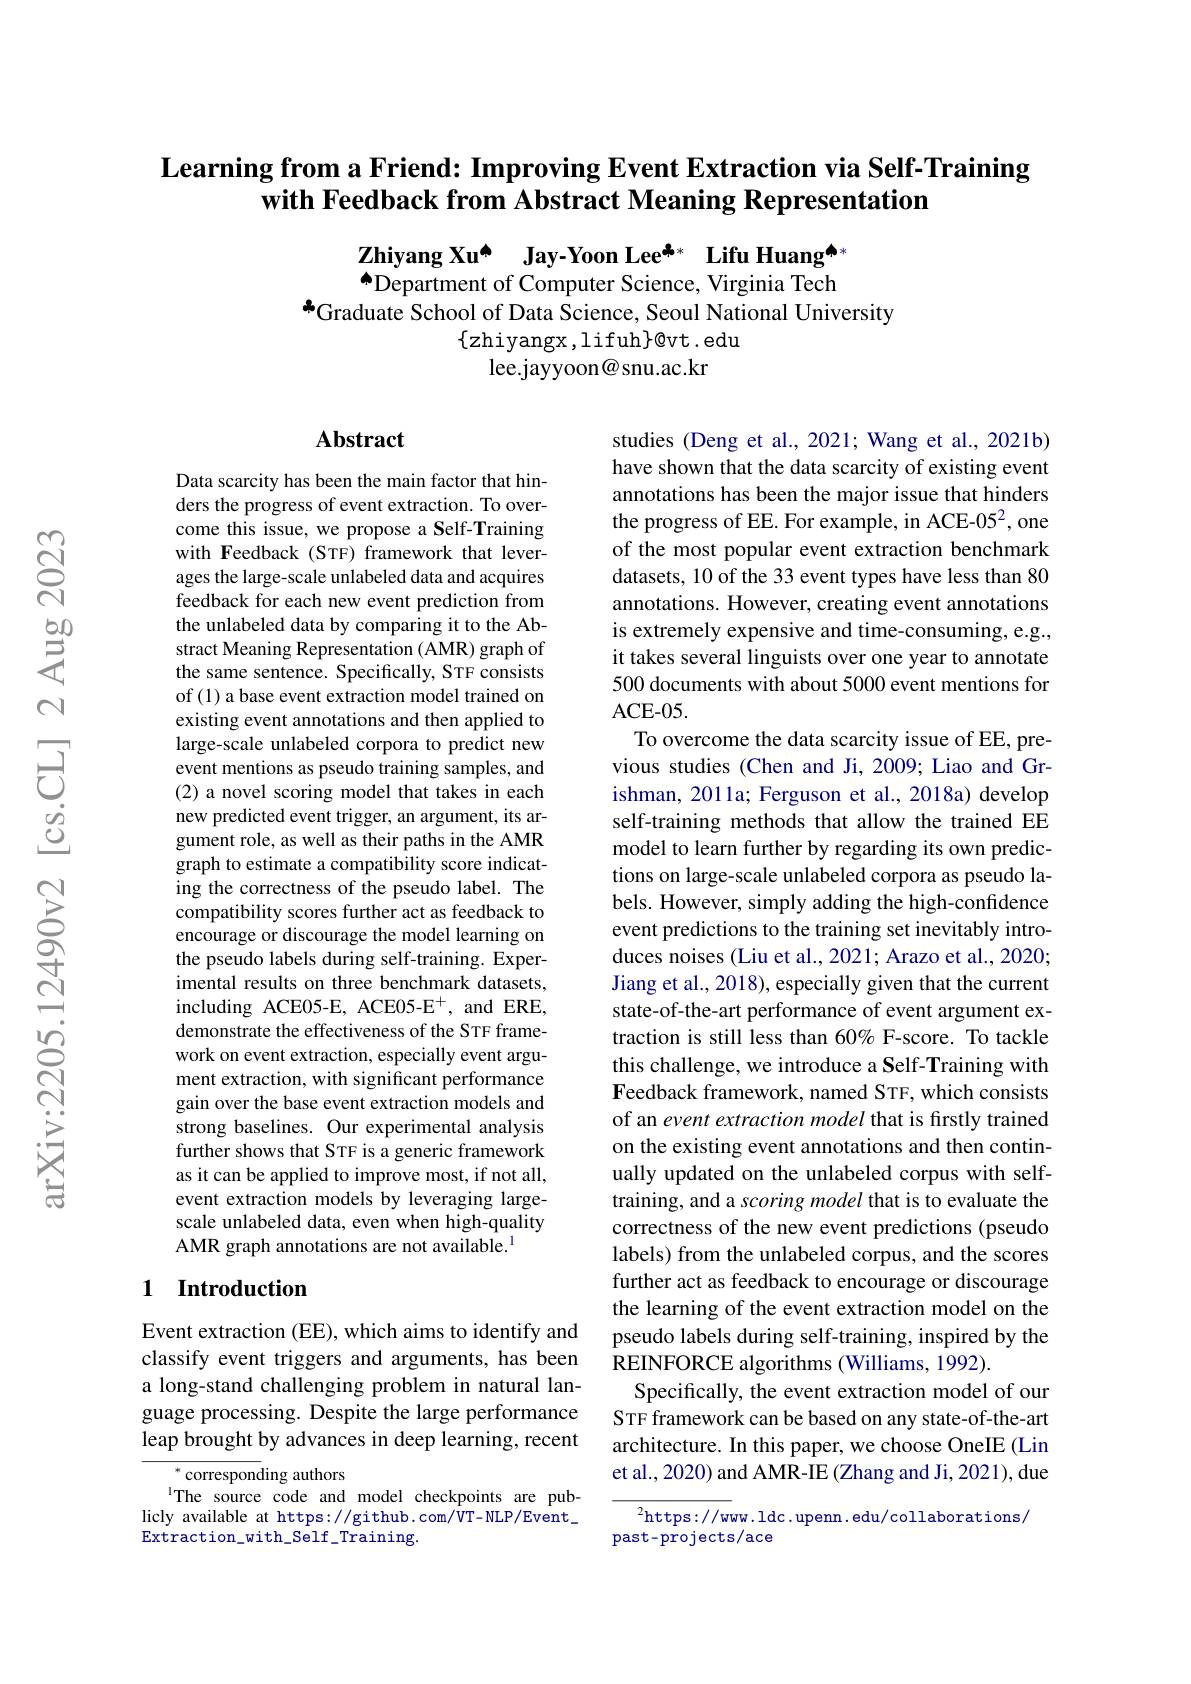
# Learning from a Friend: Improving Event Extraction via Self-Training with Feedback from Abstract Meaning Representation

$\begin{array}{l}\textbf{Zhiyang Xu}^{\spadesuit}&\textbf{Jay-Yoon Lee}^{\clubsuit*}&\textbf{Lifu Huang}^{\spadesuit}\\\spadesuit_{\text{Department of Computer Science, Virginia Tech}}\end{array}$
Graduate School of Data Science, Seoul National University
$\{$zhiyangx,lifuh$\}$@vt.edu
lee.jayyoon@snu.ac.kr

### $\mathbf{Abstract}$

Data scarcity has been the main factor that hinders the progress of event extraction. To overcome this issue, we propose a Self-Training with Feedback (STF) framework that leverages the large-scale unlabeled data and acquires feedback for each new event prediction from the unlabeled data by comparing it to the Abstract Meaning Representation (AMR) graph of the same sentence. Specifically, STF consists of (1) a base event extraction model trained on existing event annotations and then applied to large-scale unlabeled corpora to predict new event mentions as pseudo training samples, and (2) a novel scoring model that takes in each new predicted event trigger, an argument, its argument role, as well as their paths in the AMR graph to estimate a compatibility score indicating the correctness of the pseudo label. The compatibility scores further act as feedback to encourage or discourage the model learning on the pseudo labels during self-training. Experimental results on three benchmark datasets, including ACE05-E, ACE05-E$^+$, and ERE, demonstrate the effectiveness of the STF framework on event extraction, especially event argument extraction, with significant performance gain over the base event extraction models and strong baselines. Our experimental analysis further shows that STF is a generic framework as it can be applied to improve most, if not all, event extraction models by leveraging largescale unlabeled data, even when high-quality AMR graph annotations are not available.$^{1}$

## 1 Introduction

Event extraction (EE), which aims to identify and classify event triggers and arguments, has been a long-stand challenging problem in natural language processing. Despite the large performance leap brought by advances in deep learning, recent

$^{*}$corresponding authors
The source code and model checkpoints are publicly available at https://github.com/VT-NLP/Event\_ $\operatorname{Extraction}_{\mathrm{with}}\underline{\mathrm{Self}}\_$Training

studies (Deng et al., 2021; Wang et al., 2021b) have shown that the data scarcity of existing event annotations has been the major issue that hinders the progress of EE. For example, in ACE-052, one of the most popular event extraction benchmark datasets, 10 of the 33 event types have less than 80 annotations. However, creating event annotations is extremely expensive and time-consuming, e.g., it takes several linguists over one year to annotate 500 documents with about 5000 event mentions for ACE- 05.
To overcome the data scarcity issue of EE, previous studies (Chen and Ji, 2009; Liao and Grishman, 2011a; Ferguson et al., 2018a) develop self-training methods that allow the trained EE model to learn further by regarding its own predictions on large-scale unlabeled corpora as pseudo labels. However, simply adding the high-confidence event predictions to the training set inevitably introduces noises (Liu et al., 2021; Arazo et al., 2020; Jiang et al., 2018), especially given that the current state-of-the-art performance of event argument extraction is still less than 60% F-score. To tackle this challenge, we introduce a Self-Training with Feedback framework, named STF, which consists of an event extraction model that is firstly trained on the existing event annotations and then continually updated on the unlabeled corpus with selftraining, and a scoring model that is to evaluate the correctness of the new event predictions (pseudo labels) from the unlabeled corpus, and the scores further act as feedback to encourage or discourage the learning of the event extraction model on the pseudo labels during self-training, inspired by the REINFORCE algorithms (Williams, 1992).
Specifically, the event extraction model of our STF framework can be based on any state-of-the-art architecture. In this paper, we choose OneIE (Lin et al., 2020) and AMR-IE (Zhang and Ji, 2021), due

$^2$https://ww.ldc.upenn.edu/collaborations/
past-projects/ace